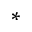
^ *